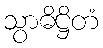
သွာဓိဋ္ဌိတံ